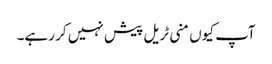
آپ کیوں منی ٹریل پیش نہیں کر رہے۔